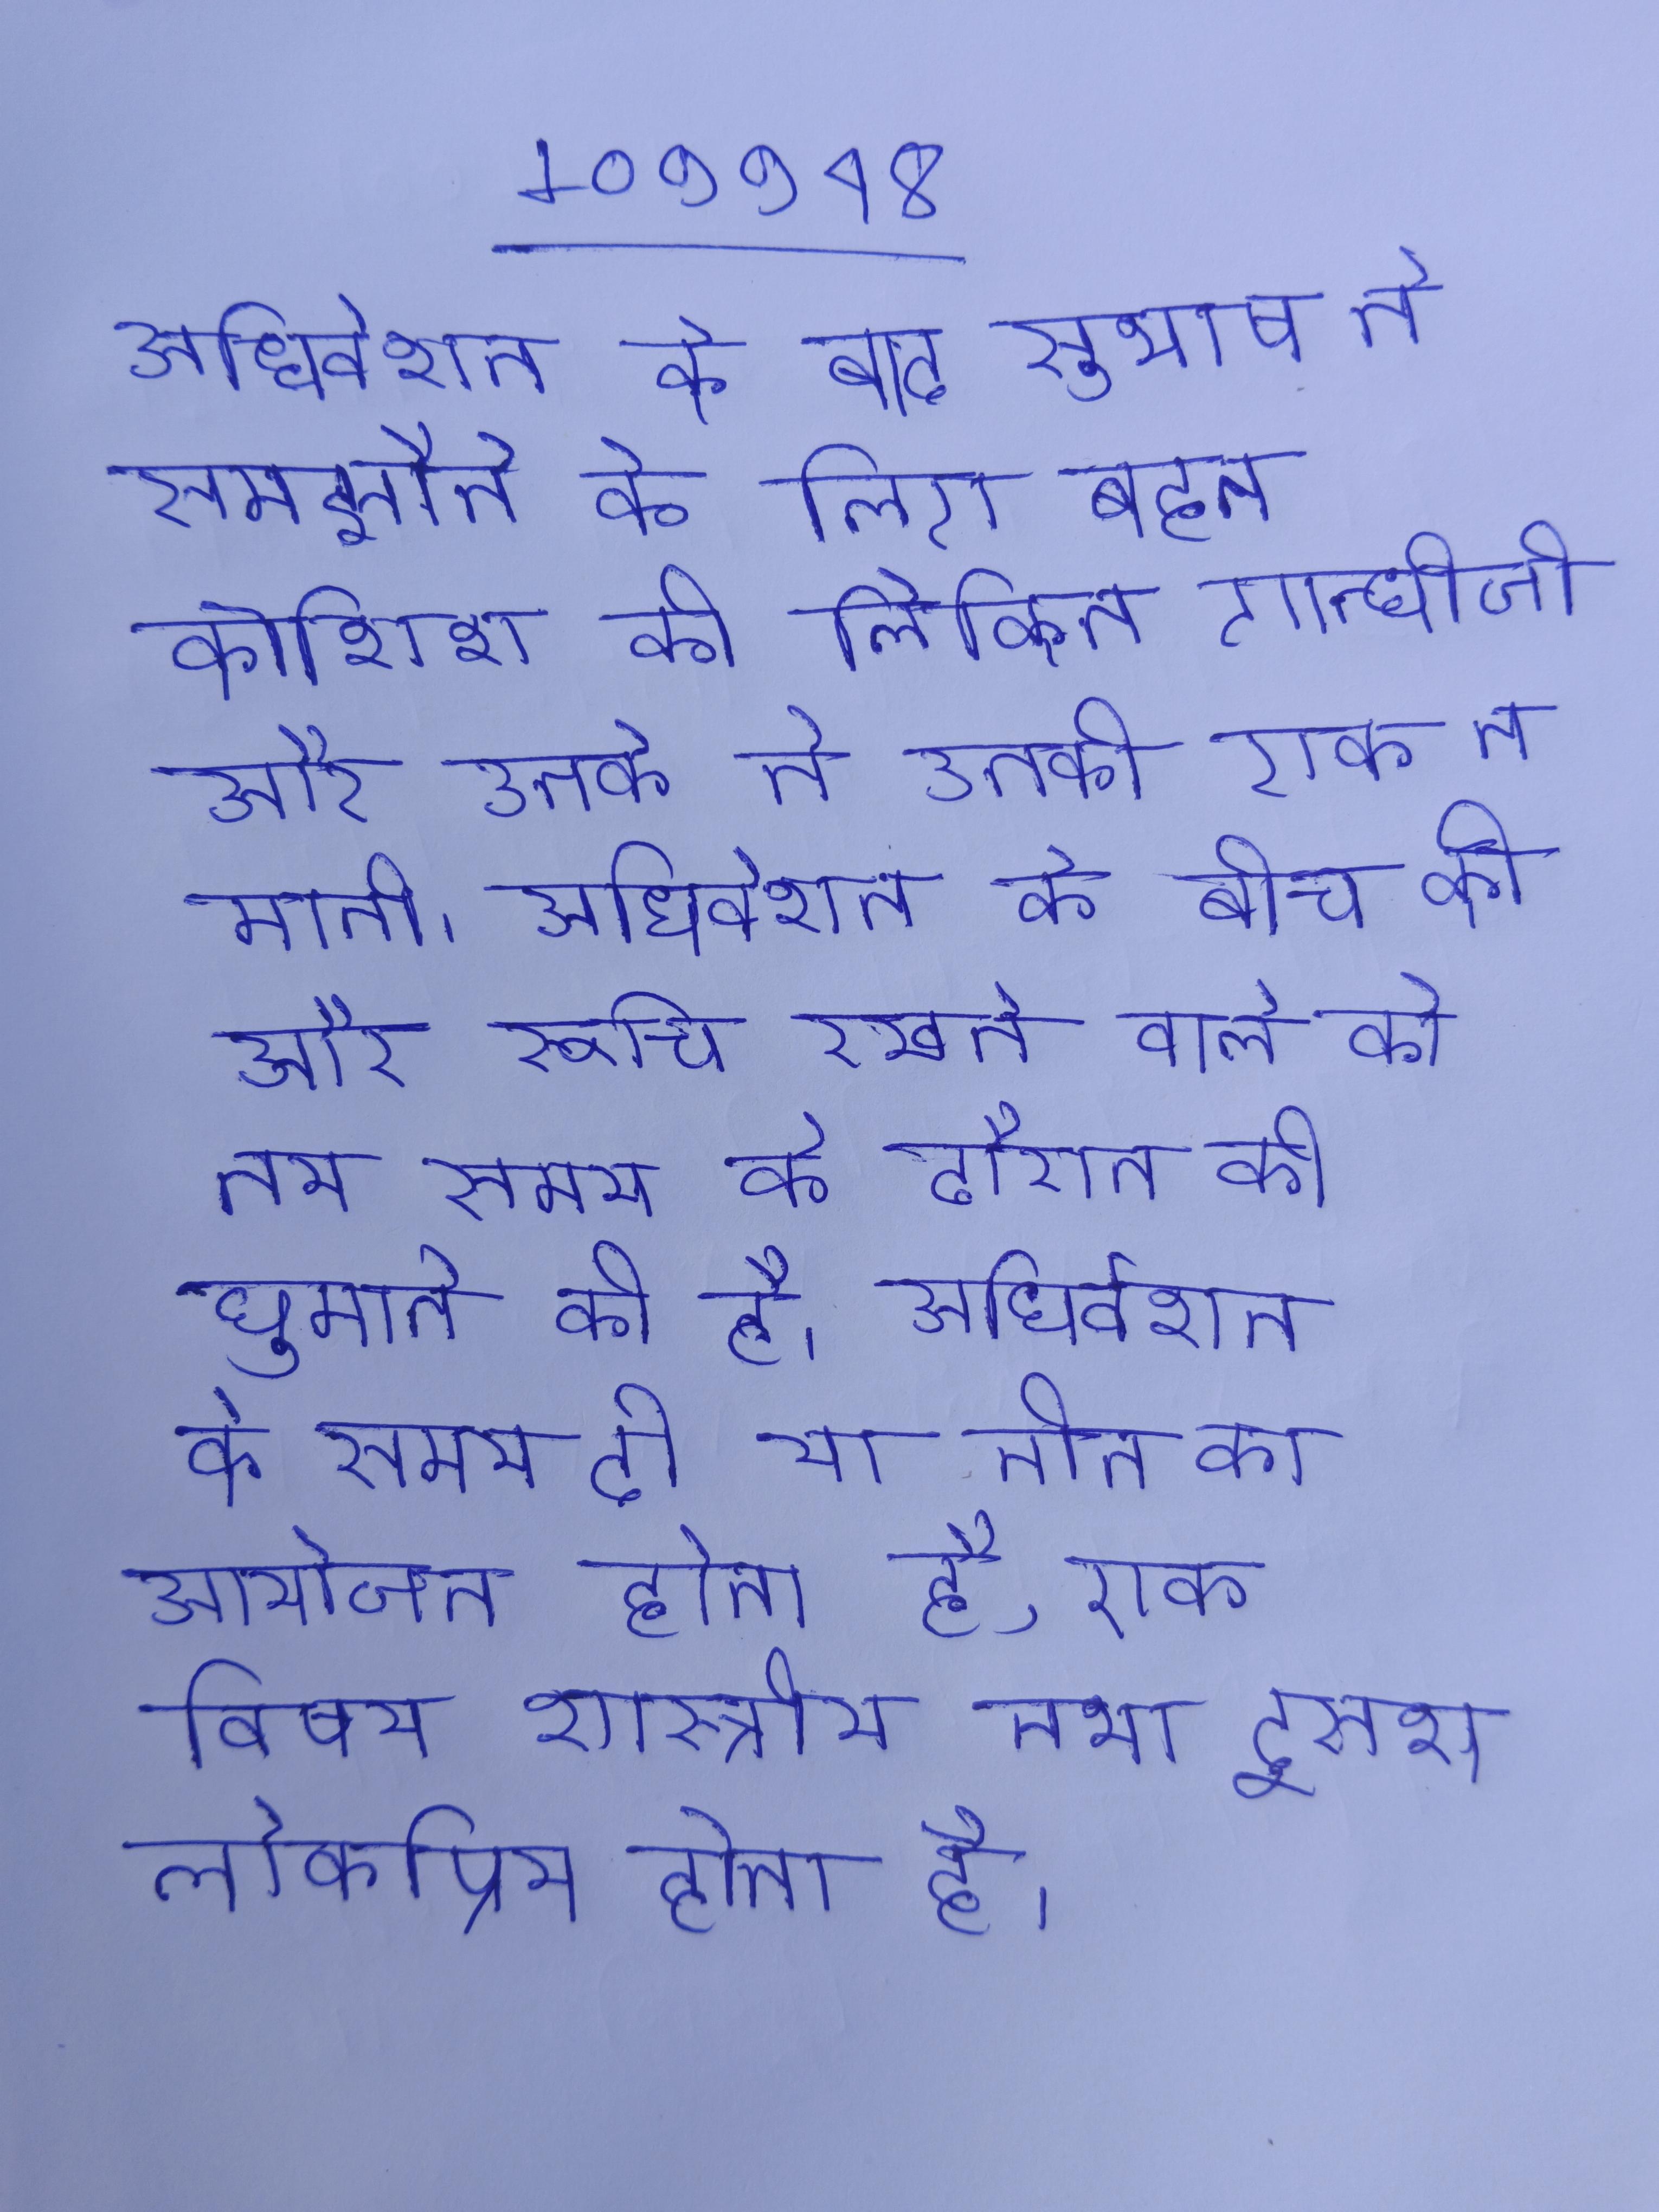
अधिवेशन के बाद सुभाष ने समझौते के लिए बहुत कोशिश की लेकिन गान्धीजी और उनके ने उनकी एक न मानी । अधिवेशन के बीच की और रूचि रखने वाले को तय समय के दौरान की घुमाने की है । अधिवेशन के समय दो या तीन का आयोजन होता है, एक विषय शास्त्रीय तथा दूसरा लोकप्रिय होता है ।